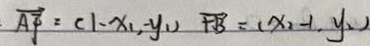
\overrightarrow { A F } = ( 1 - x _ { 1 } , - y _ { 1 } ) \overrightarrow { F B } = ( x _ { 2 } - 1 , y _ { 2 } )